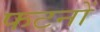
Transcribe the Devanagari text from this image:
फटनों